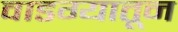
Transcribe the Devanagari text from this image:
वाडग्यातून